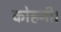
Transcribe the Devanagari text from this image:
कोहनी।